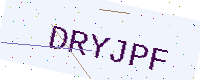
Text: DRYJPF